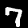
Label: 7